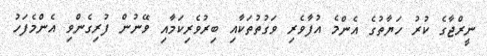
ނީރްޖާގެ ކުރު ހަޔާތުގެ އެންމެ އުފާވެރި ވަގުތުތަކާއި ބިރުވެރިކަމާއި ވޭނުން ފުރިގެންވި އެންމެފަހު